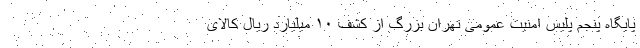
پایگاه پنجم پلیس امنیت عمومی تهران بزرگ از کشف ۱۰ میلیارد ریال کالای